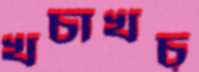
খচাখচ্‌